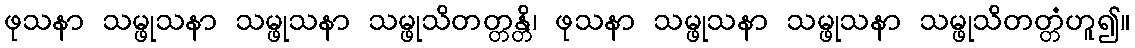
ဖုသနာ သမ္ဖုသနာ သမ္ဖုသနာ သမ္ဖုသိတတ္တန္တိ၊ ဖုသနာ သမ္ဖုသနာ သမ္ဖုသနာ သမ္ဖုသိတတ္တံဟူ၍။